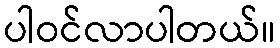
ပါဝင်လာပါတယ်။